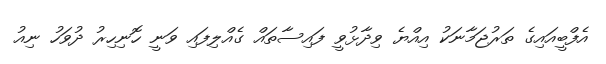
އެފްބީއައިގެ ތަރުޖަމާނަކު އިއްޔެ ވިދާޅުވީ ފައިސާތައް ގެއްލިފައި ވަނީ ހޮނިހިރު ދުވަހު ނިއު